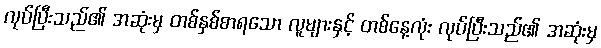
လုပ်ပြီးသည်၏ အဆုံးမှ တစ်နှစ်စာရသော လူများနှင့် တစ်နေ့လုံး လုပ်ပြီးသည်၏ အဆုံးမှ